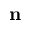
\mathbf { n }